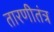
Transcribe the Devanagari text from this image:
तारणीतंत्र